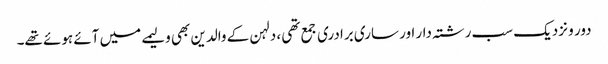
دور و نزدیک سب رشتہ دار اور ساری برادری جمع تھی ، دلہن کے والدین بھی ولیمے میں آئے ہوئے تھے۔